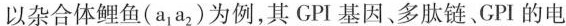
以杂合体鲤鱼(a_{1}a_{2})为例，其GPI基因、多肽链、GPI的电